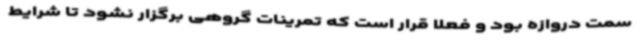
سمت دروازه بود و فعلا قرار است که تمرینات گروهی برگزار نشود تا شرایط